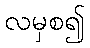
လမှစ၍